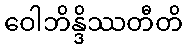
ဝေါဘိန္ဒိဿတီတိ